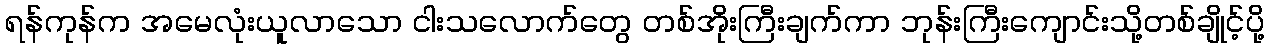
ရန်ကုန်က အမေလုံးယူလာသော ငါးသလောက်တွေ တစ်အိုးကြီးချက်ကာ ဘုန်းကြီးကျောင်းသို့တစ်ချိုင့်ပို့